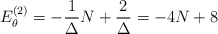
\begin{align*}E_{\theta}^{(2)}=-\frac{1}{\Delta}N+\frac{2}{\Delta}=-4N+8\end{align*}